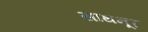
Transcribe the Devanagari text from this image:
साथनूर